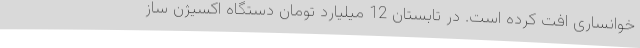
خوانساری افت کرده است. در تابستان 12 میلیارد تومان دستگاه اکسیژن ساز